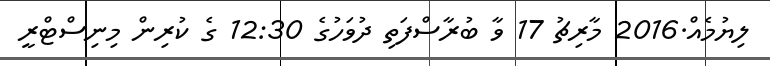
ލިޔުމެއް.2016 މާރިޗު 17 ވާ ބުރާސްފަތި ދުވަހުގެ 12:30 ގެ ކުރިން މިނިސްޓްރީ